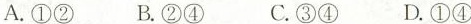
A.①② B.②④ C.③④ D.①④